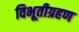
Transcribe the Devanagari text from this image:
विभूतीग्रहण